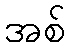
အစ်